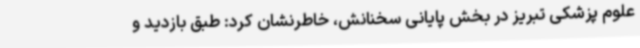
علوم پزشکی تبریز در بخش پایانی سخنانش، خاطرنشان کرد: طبق بازدید و